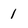
Character: 1